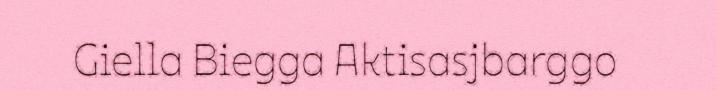
Giella Biegga Aktisasjbarggo